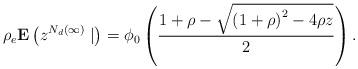
LaTeX: \begin{align*}\rho _{e}\mathbf{E}\left( z^{N_{d}\left( \infty \right) }\mid \right) =\phi _{0}\left( \frac{1+\rho -\sqrt{\left( 1+\rho \right)^{2}-4\rho z}}{2}\right) . \end{align*}